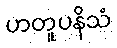
ဟတူပနိသံ